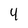
Character: 4